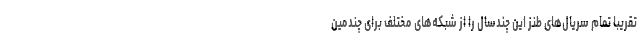
تقریباً تمام سریال‌های طنز این چندسال را از شبکه‌های مختلف برای چندمین